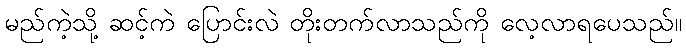
မည်ကဲ့သို့ ဆင့်ကဲ ပြောင်းလဲ တိုးတက်လာသည်ကို လေ့လာရပေသည်။